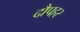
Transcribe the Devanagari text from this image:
दौपहर